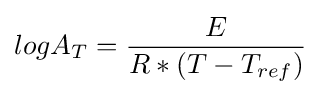
logA_{T}={E \over R*(T-T_{ref})}